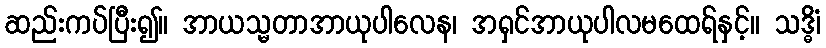
ဆည်းကပ်ပြီး၍။ အာယသ္မတာအာယုပါလေန၊ အရှင်အာယုပါလမထေရ်နှင့်။ သဒ္ဓိံ၊